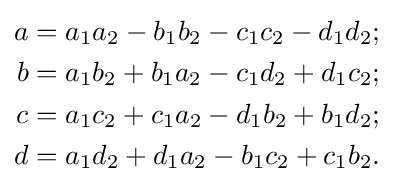
{\begin{aligned}a&=a_{1}a_{2}-b_{1}b_{2}-c_{1}c_{2}-d_{1}d_{2};\\b&=a_{1}b_{2}+b_{1}a_{2}-c_{1}d_{2}+d_{1}c_{2};\\c&=a_{1}c_{2}+c_{1}a_{2}-d_{1}b_{2}+b_{1}d_{2};\\d&=a_{1}d_{2}+d_{1}a_{2}-b_{1}c_{2}+c_{1}b_{2}.\end{aligned}}